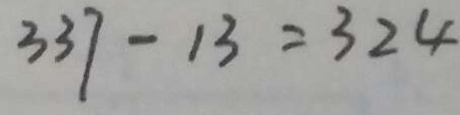
3 3 7 - 1 3 = 3 2 4